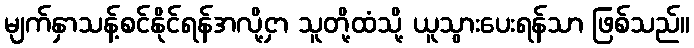
မျက်နှာသန့်စင်နိုင်ရန်အလို့ငှာ သူတို့ထံသို့ ယူသွားပေးရန်သာ ဖြစ်သည်။